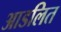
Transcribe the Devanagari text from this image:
आडलित